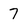
Character: 7